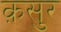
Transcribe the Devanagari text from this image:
क़सुर